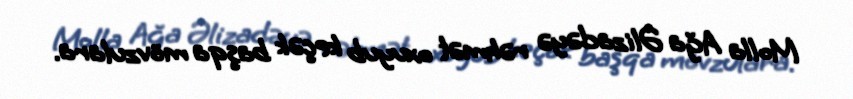
Molla Ağa Əlizadəyə rəhmət oxuyub keçək başqa mövzulara.